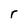
Character: r